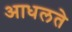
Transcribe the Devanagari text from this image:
आधलते